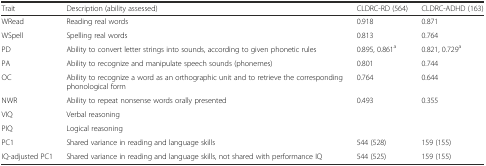
<table><thead><tr><td><b>Trait</b></td><td><b>Description (ability assessed)</b></td><td><b>CLDRC-RD (564)</b></td><td><b>CLDRC-ADHD (163)</b></td></tr></thead><tbody><tr><td>WRead</td><td>Reading real words</td><td>0.918</td><td>0.871</td></tr><tr><td>WSpell</td><td>Spelling real words</td><td>0.813</td><td>0.764</td></tr><tr><td>PD</td><td>Ability to convert letter strings into sounds, according to given phonetic rules</td><td>0.895, 0.861<sup>a</sup></td><td>0.821, 0.729<sup>a</sup></td></tr><tr><td>PA</td><td>Ability to recognize and manipulate speech sounds (phonemes)</td><td>0.801</td><td>0.744</td></tr><tr><td>OC</td><td>Ability to recognize a word as an orthographic unit and to retrieve the corresponding phonological form</td><td>0.764</td><td>0.644</td></tr><tr><td>NWR</td><td>Ability to repeat nonsense words orally presented</td><td>0.493</td><td>0.355</td></tr><tr><td>VIQ</td><td>Verbal reasoning</td><td></td><td></td></tr><tr><td>PIQ</td><td>Logical reasoning</td><td></td><td></td></tr><tr><td>PC1</td><td>Shared variance in reading and language skills</td><td>544 (528)</td><td>159 (155)</td></tr><tr><td>IQ-adjusted PC1</td><td>Shared variance in reading and language skills, not shared with performance IQ</td><td>544 (525)</td><td>159 (155)</td></tr></tbody></table>